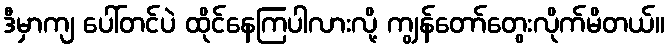
ဒီမှာကျ ပေါ်တင်ပဲ ထိုင်နေကြပါလားလို့ ကျွန်တော်တွေးလိုက်မိတယ်။